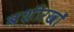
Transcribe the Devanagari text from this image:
बशीरखाँ